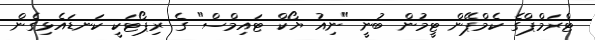
ޓްރަމްޕްގެ ކެމްޕޭން ޓީމުން ބުނީ "ނިއު ޔޯކް ޓައިމްސް" ގެ ރިޕޯޓަކީ ކަނޑައެޅިގެން